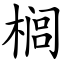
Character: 榈